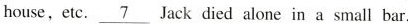
house, ete. \underline{7} Jack died alone in a small bar.